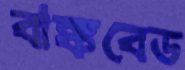
বাঙ্কবেড